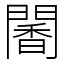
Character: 䦭